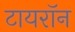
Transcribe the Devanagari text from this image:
टायराॅन